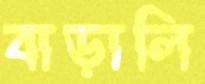
বাড়ালি